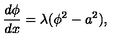
\frac { d \phi } { d x } = \lambda ( \phi ^ { 2 } - a ^ { 2 } ) ,